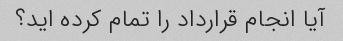
آیا انجام قرارداد را تمام کرده اید؟